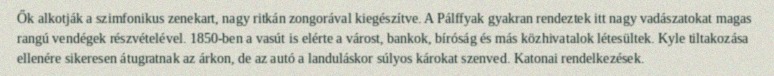
Ők alkotják a szimfonikus zenekart, nagy ritkán zongorával kiegészítve. A Pálffyak gyakran rendeztek itt nagy vadászatokat magas rangú vendégek részvételével. 1850-ben a vasút is elérte a várost, bankok, bíróság és más közhivatalok létesültek. Kyle tiltakozása ellenére sikeresen átugratnak az árkon, de az autó a landuláskor súlyos károkat szenved. Katonai rendelkezések.